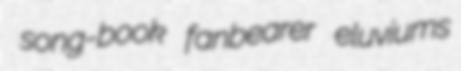
song-book fanbearer eluviums